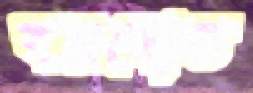
বয়সোত